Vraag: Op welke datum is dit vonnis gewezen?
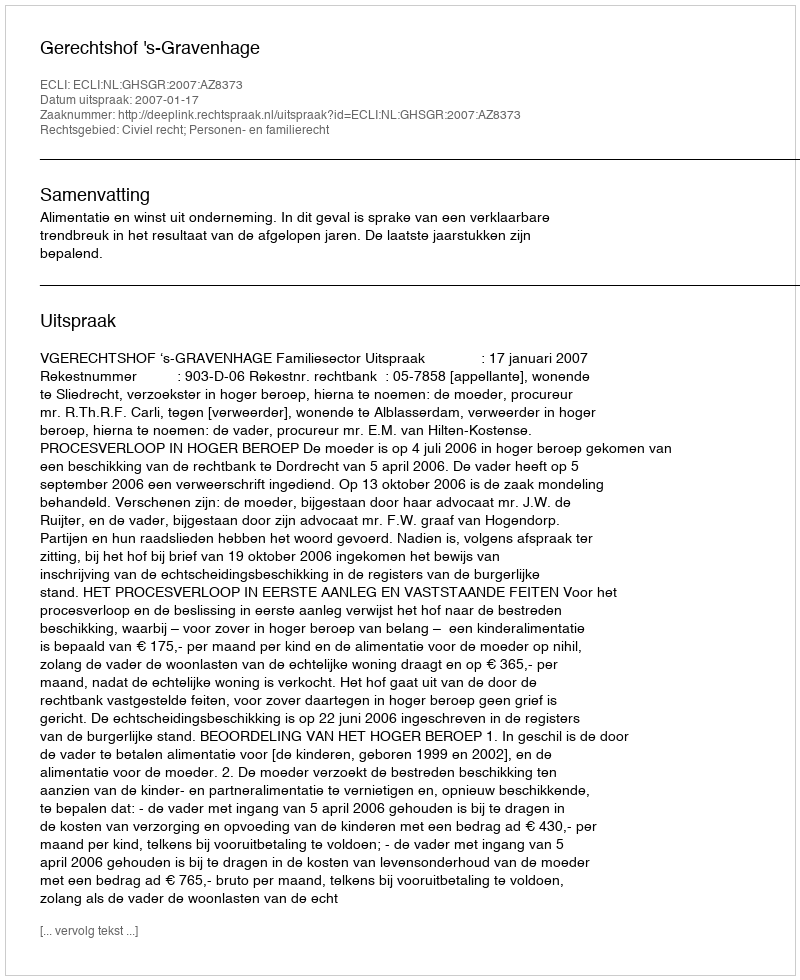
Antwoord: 2007-01-17